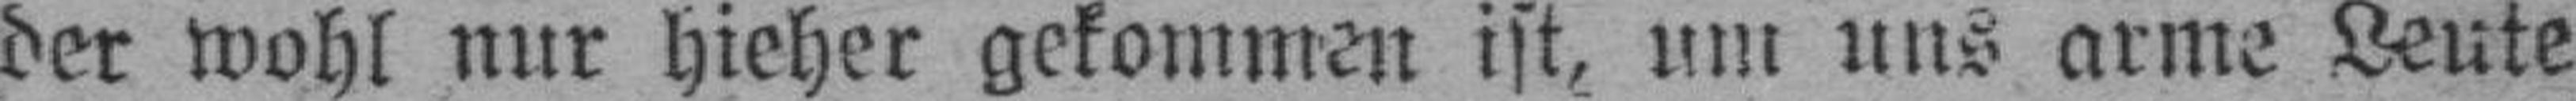
der wohl nur hieher gekommen ist, um uns arme Leute